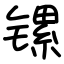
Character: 镙